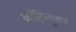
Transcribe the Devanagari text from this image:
काँट्रिब्यूशन